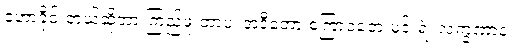
ဟောခိုင်းတယ်ဆိုတာ ကြည့်ဖူးတာပဲ၊ အဲဒီတော့ စကြာဝတေးမင်းရဲ့ လက္ခဏာနဲ့